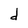
Character: d